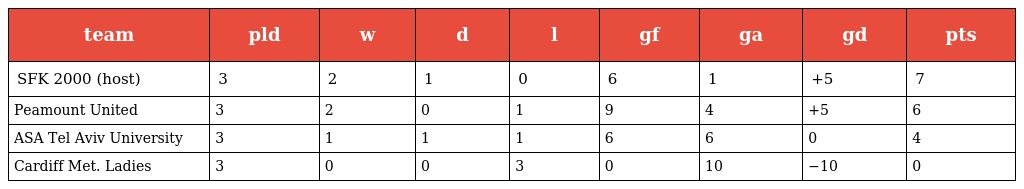
| team | pld | w | d | l | gf | ga | gd | pts |
 | --- | --- | --- | --- | --- | --- | --- | --- | --- |
 | SFK 2000 (host) | 3 | 2 | 1 | 0 | 6 | 1 | +5 | 7 |
 | Peamount United | 3 | 2 | 0 | 1 | 9 | 4 | +5 | 6 |
 | ASA Tel Aviv University | 3 | 1 | 1 | 1 | 6 | 6 | 0 | 4 |
 | Cardiff Met. Ladies | 3 | 0 | 0 | 3 | 0 | 10 | −10 | 0 |